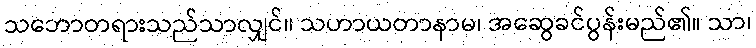
သဘောတရားသည်သာလျှင်။ သဟာယတာနာမ၊ အဆွေခင်ပွန်းမည်၏။ သာ၊